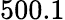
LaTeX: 500.1